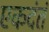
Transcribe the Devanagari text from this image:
एकदंतं